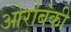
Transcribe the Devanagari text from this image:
ओरोबंकी